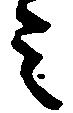
ミ